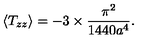
\langle T _ { z z } \rangle = - 3 \times \frac { \pi ^ { 2 } } { 1 4 4 0 a ^ { 4 } } .